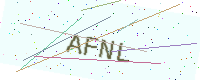
Text: AFNL